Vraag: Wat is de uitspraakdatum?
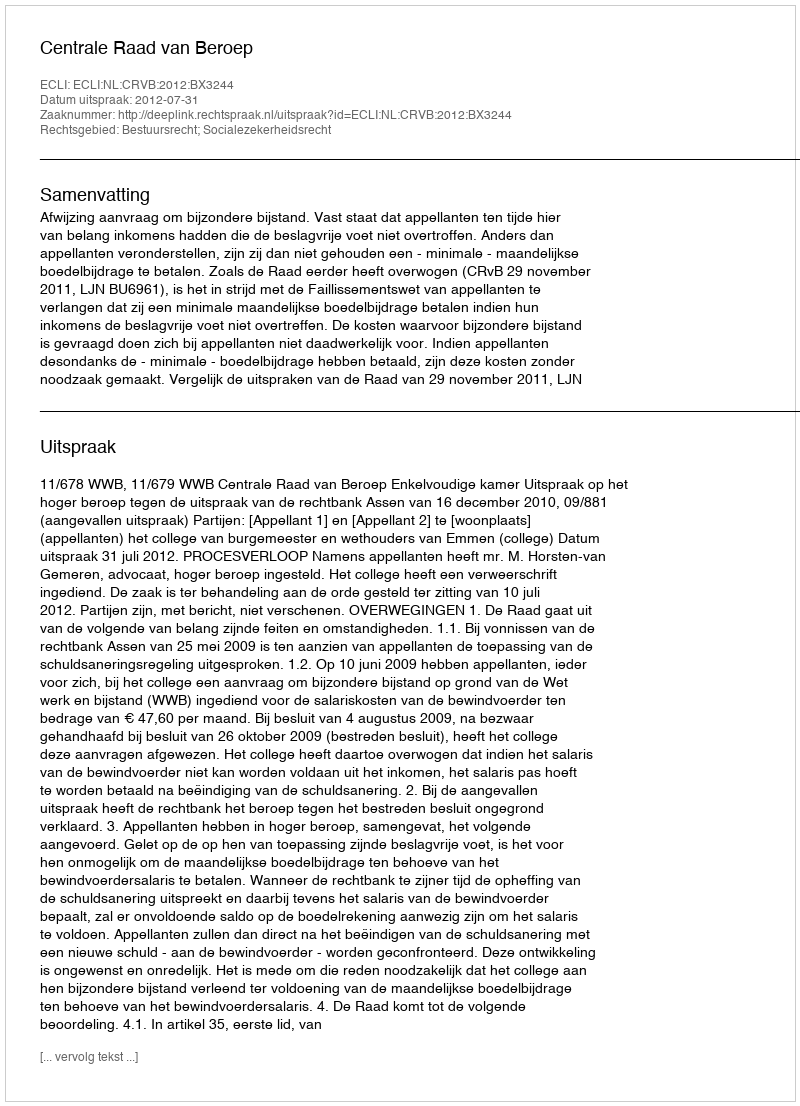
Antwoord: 2012-07-31